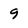
Character: 9